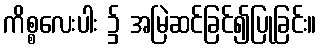
ကိစ္စလေးပါး ၌ အမြဲဆင်ခြင်၍ပြုခြင်း။